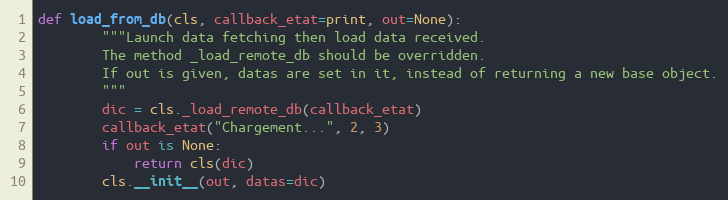
Language: Python
def load_from_db(cls, callback_etat=print, out=None):
        """Launch data fetching then load data received.
        The method _load_remote_db should be overridden.
        If out is given, datas are set in it, instead of returning a new base object.
        """
        dic = cls._load_remote_db(callback_etat)
        callback_etat("Chargement...", 2, 3)
        if out is None:
            return cls(dic)
        cls.__init__(out, datas=dic)